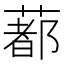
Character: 𦺥